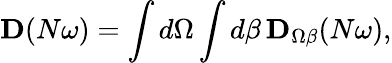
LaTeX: \mathbf{D}(N\omega)=\int d\Omega\int d\beta\, \mathbf{D}_{\Omega\beta}(N\omega),